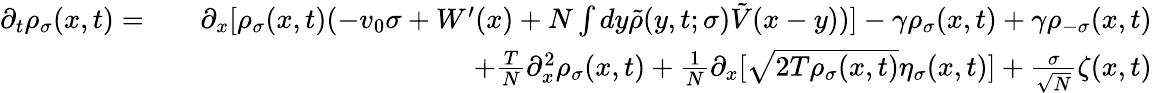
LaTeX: \begin{array}{rlr}{\partial_{t}\rho_{\sigma}(x,t)=}&{}&{\partial_{x}[\rho_{\sigma}(x,t)(-v_{0}\sigma+W^{\prime}(x)+N\int dy\tilde{\rho}(y,t;\sigma)\tilde{V}(x-y))]-\gamma\rho_{\sigma}(x,t)+\gamma\rho_{-\sigma}(x,t)}\\ &{}&{+\frac{T}{N}\partial_{x}^{2}\rho_{\sigma}(x,t)+\frac{1}{N}\partial_{x}[\sqrt{2T\rho_{\sigma}(x,t)}\eta_{\sigma}(x,t)]+\frac{\sigma}{\sqrt{N}}\zeta(x,t)}\end{array}